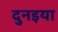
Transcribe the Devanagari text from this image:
दुनइया